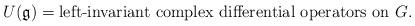
LaTeX: \begin{align*}U({\mathfrak g}) = \text{left-invariant complex differential operators on $G$}.\end{align*}